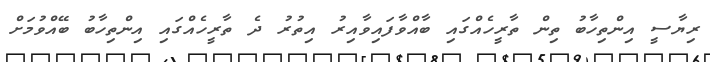
ރިޔާސީ އިންތިހާބު ތިން ތާރީހެއްގައި ބާއްވާފައިވާއިރު އިތުރު ދެ ތާރީހެއްގައި އިންތިހާބު ބޭއްވުމަށް